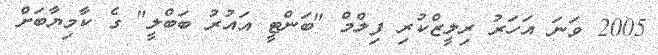
2005 ވަނަ އަހަރު ރިލީޒްކުރި ފިލްމް "ބަންޓީ އައުރު ބަބްލީ" ގެ ކާމިޔާބަށް